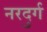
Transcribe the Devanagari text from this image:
नरदुर्ग